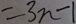
= 3 n - 1